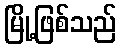
မြို့ဖြစ်သည်